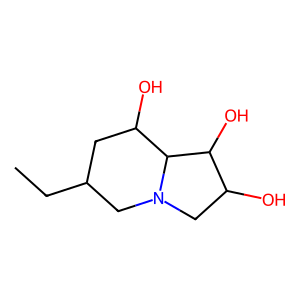
SMILES: CCC1CC(O)C2C(O)C(O)CN2C1
Inhibits HIV replication: No